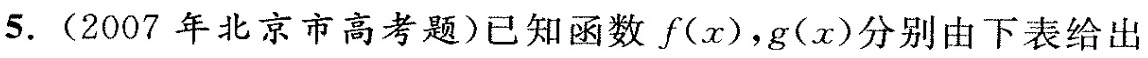
5.(2007年北京市高考题)已知函数f(x)，g(x)分别由下表给出